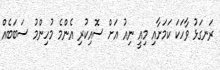
ރަނގަޅު ވާހަކަ ކަމަށާއި މިއީ ނިއު އަށް ސޮއިކުރި އެންމެ މުހިންމު ސަބަބެއް